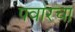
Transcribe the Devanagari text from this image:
पवारचा